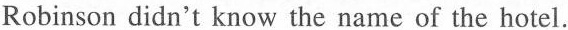
Robinson didn't know the name of the hotel.